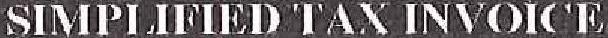
SIMPLIFIED TAX INVOICE